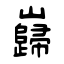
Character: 巋